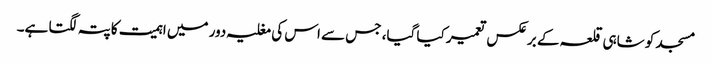
مسجد کو شاہی قلعہ کے برعکس تعمیر کیا گیا، جس سے اس کی مغلیہ دور میں اہمیت کا پتہ لگتا ہے۔